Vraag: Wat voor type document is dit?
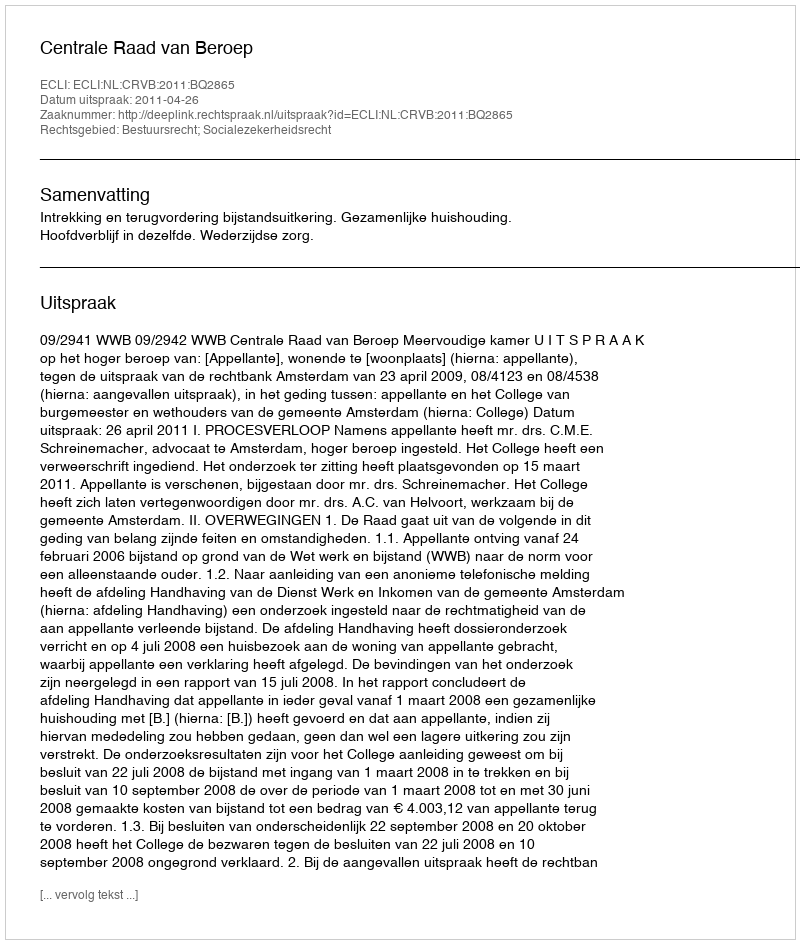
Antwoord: Uitspraak